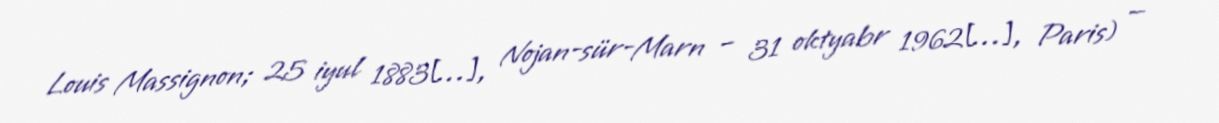
Louis Massignon; 25 iyul 1883[…], Nojan-sür-Marn – 31 oktyabr 1962[…], Paris) —